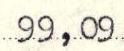
99,09